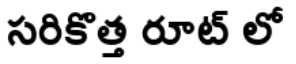
సరికొత్త రూట్ లో